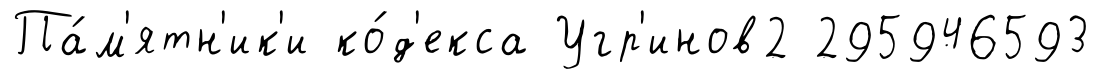
Па́м'ятн'ик'и ко́д'екса Угр'инов2 295946593